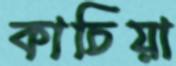
কাচিয়া